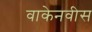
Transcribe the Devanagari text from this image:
वाकेनवीस